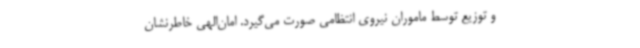
و توزیع توسط ماموران نیروی انتظامی صورت می‌گیرد. امان‌الهی خاطرنشان